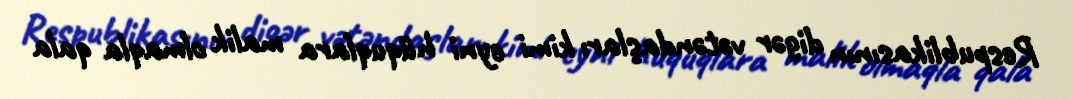
Respublikasının digər vətəndaşları kimi eyni hüquqlara malik olmaqla qala